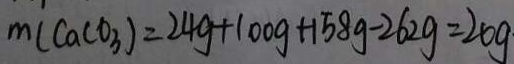
m ( C a C O _ { 3 } ) = 2 4 g + 1 0 0 g + 1 5 8 g - 2 6 2 g = 2 0 g \cdot